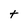
Character: t